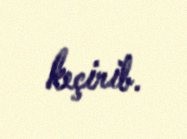
keçirib.